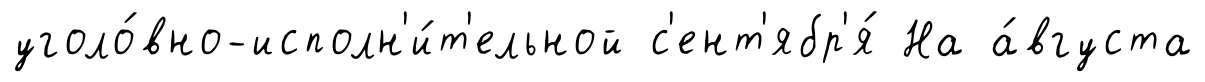
уголо́вно-исполн'и́т'ельной с'ент'ябр'я́ На а́вгуста